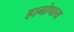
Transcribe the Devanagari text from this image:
हानोपाय